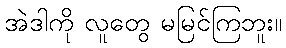
အဲဒါကို လူတွေ မမြင်ကြဘူး။